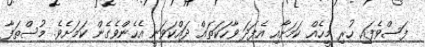
ފަސްވެފައި ހުރި މީހެއް ކަމަށާއި އެފަދަ ވާހަކަތައް ދައްކަވަނީ އެހެންވެގެން ކަމަށެވެ. މުސްތަފާ